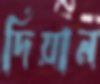
দিয়ান